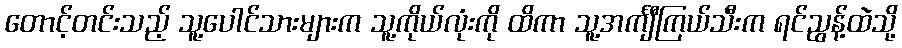
တောင့်တင်းသည့် သူ့ပေါင်သားများက သူ့ကိုယ်လုံးကို ထိကာ သူ့အင်္ကျီကြယ်သီးက ရင်ညွန့်ထဲသို့